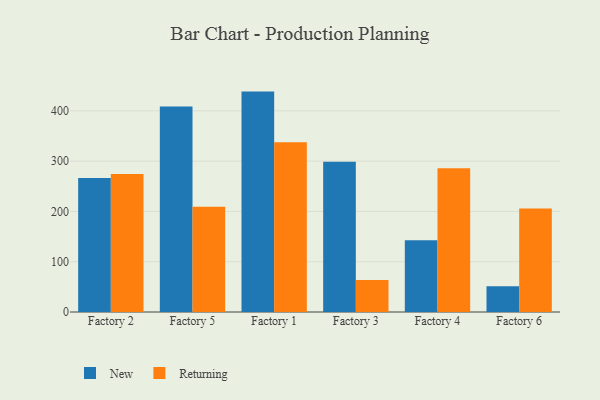
{"axis": {"x": "Factory", "y": "Energy Usage (MWh)"}, "legend": ["New", "Returning"], "data": [{"x": "Factory 2", "y": 266.5, "type": "New"}, {"x": "Factory 2", "y": 274.5, "type": "Returning"}, {"x": "Factory 5", "y": 408.5, "type": "New"}, {"x": "Factory 5", "y": 209.2, "type": "Returning"}, {"x": "Factory 1", "y": 438.3, "type": "New"}, {"x": "Factory 1", "y": 337.8, "type": "Returning"}, {"x": "Factory 3", "y": 299.0, "type": "New"}, {"x": "Factory 3", "y": 63.5, "type": "Returning"}, {"x": "Factory 4", "y": 142.9, "type": "New"}, {"x": "Factory 4", "y": 286.1, "type": "Returning"}, {"x": "Factory 6", "y": 51.2, "type": "New"}, {"x": "Factory 6", "y": 205.9, "type": "Returning"}]}